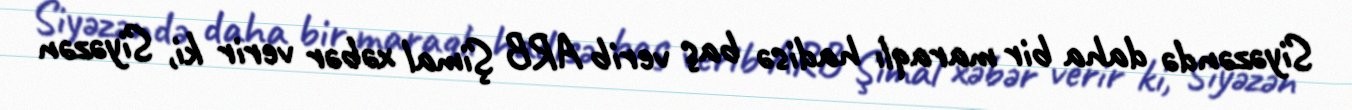
Siyəzəndə daha bir maraqlı hadisə baş verib ARB Şimal xəbər verir ki, Siyəzən